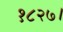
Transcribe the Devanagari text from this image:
१८२७।